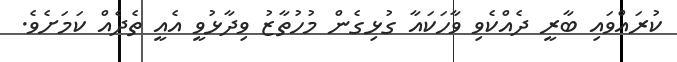
ކުރައްވައި ބާރީ ދެއްކެވި ވާހަކައާ ގުޅިގެން މުހުތާޒު ވިދާޅުވީ އެއީ ތެދެއް ކަމަށެވެ.